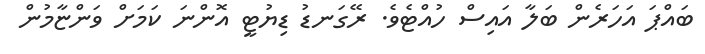
ބައްޕަ އަހަރެން ބަލާ އައިސް ހުއްޓެވެ. ރޭގަނޑު ޑިޔުޓީ އޮންނަ ކަމަށް ވަންޏާމުން